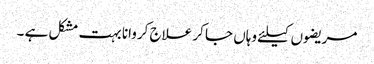
مریضوں کیلئے وہاں جا کر علاج کروانا بہت مشکل ہے ۔